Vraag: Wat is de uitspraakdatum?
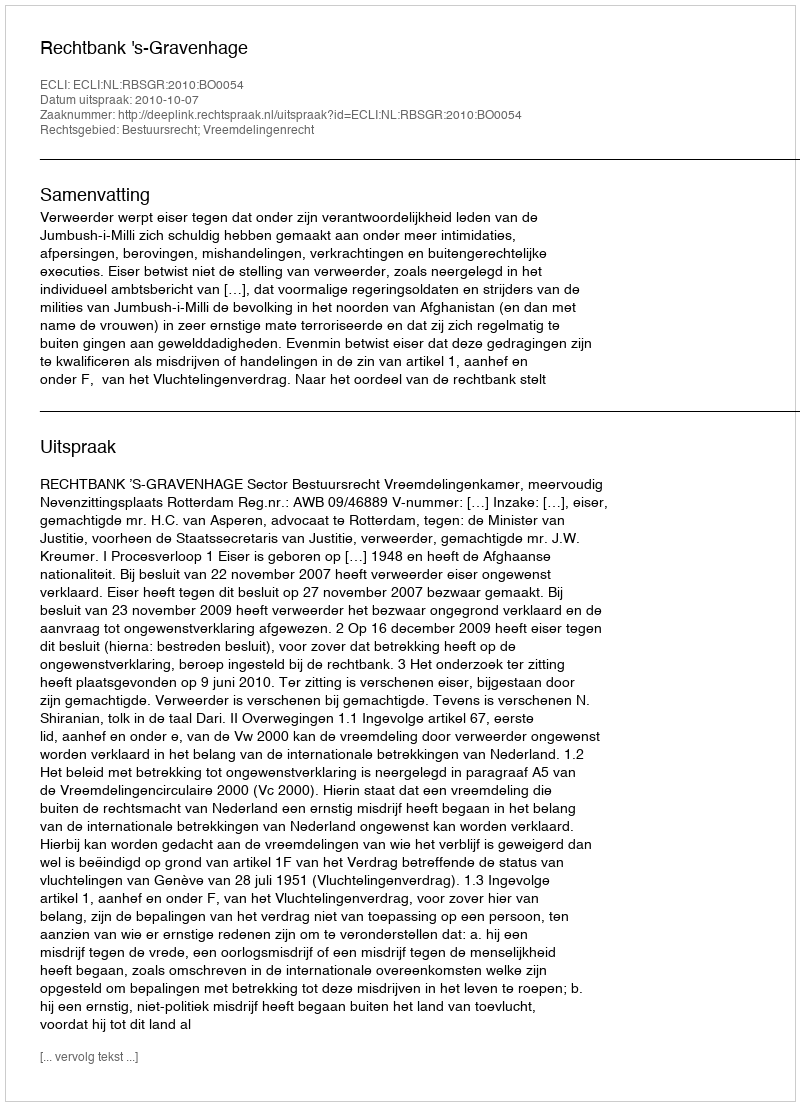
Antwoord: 2010-10-07